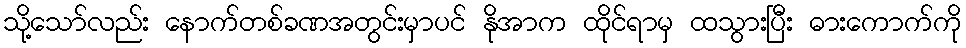
သို့သော်လည်း နောက်တစ်ခဏအတွင်းမှာပင် နိုအာက ထိုင်ရာမှ ထသွားပြီး ဓားကောက်ကို